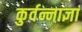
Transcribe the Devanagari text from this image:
कुर्वन्नाज्ञां